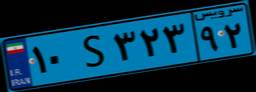
۱۰S۳۲۳۹۲